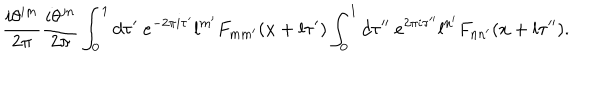
\frac { i \theta ^ { i m } } { 2 \pi } \frac { i \theta ^ { j n } } { 2 \pi } \int _ { 0 } ^ { 1 } d \tau ^ { \prime } ~ e ^ { - 2 \pi i \tau ^ { \prime } } l ^ { m ^ { \prime } } F _ { m m ^ { \prime } } ( x + l \tau ^ { \prime } ) \int _ { 0 } ^ { 1 } d \tau ^ { \prime \prime } ~ e ^ { 2 \pi i \tau ^ { \prime \prime } } l ^ { n ^ { \prime } } F _ { n n ^ { \prime } } ( x + l \tau ^ { \prime \prime } ) .